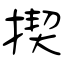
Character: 揳